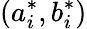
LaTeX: (a_{i}^{*},b_{i}^{*})